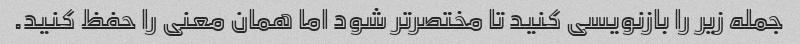
جمله زیر را بازنویسی کنید تا مختصرتر شود اما همان معنی را حفظ کنید.